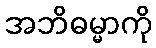
အဘိဓမ္မာကို